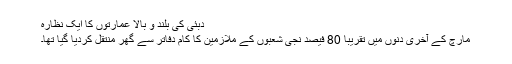
دبئی کی بلند و بالا عمارتوں کا ایک نظارہ
مارچ کے آخری دنوں میں تقریباً 80 فیصد نجی شعبوں کے ملازمین کا کام دفاتر سے گھر منتقل کردیا گیا تھا۔